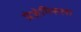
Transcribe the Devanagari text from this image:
प्रेज़ेमिसला